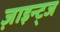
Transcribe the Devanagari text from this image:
ज़ाइन्ट्ज